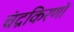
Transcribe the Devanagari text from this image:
चंद्रकिरणों